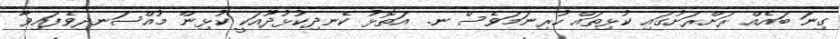
ގިނަ ބައެއް ރަށްރަށުގައި ކުޅިތައް ހުރިނަމަވެސް ނ. އަތޮޅު ކެނދިކުޅުދޫއަކީ ކުޅިން މުއްސަނދިވެފައިވާ